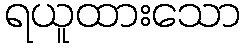
ရယူထားသော